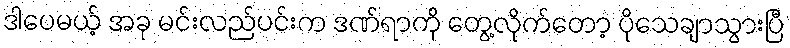
ဒါပေမယ့် အခု မင်းလည်ပင်းက ဒဏ်ရာကို တွေ့လိုက်တော့ ပိုသေချာသွားပြီ